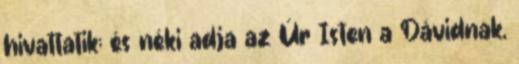
hivattatik; és néki adja az Úr Isten a Dávidnak,